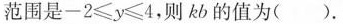
范围是$$-2\geq y \geq 4$$，则kb的值为( )。